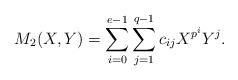
LaTeX: \begin{align*} M_2(X,Y)=\sum_{i=0}^{e-1}\sum_{j=1}^{q-1} c_{ij} X^{p^i} Y^j.\end{align*}